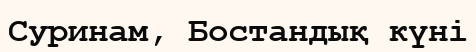
Суринам, Бостандық күні